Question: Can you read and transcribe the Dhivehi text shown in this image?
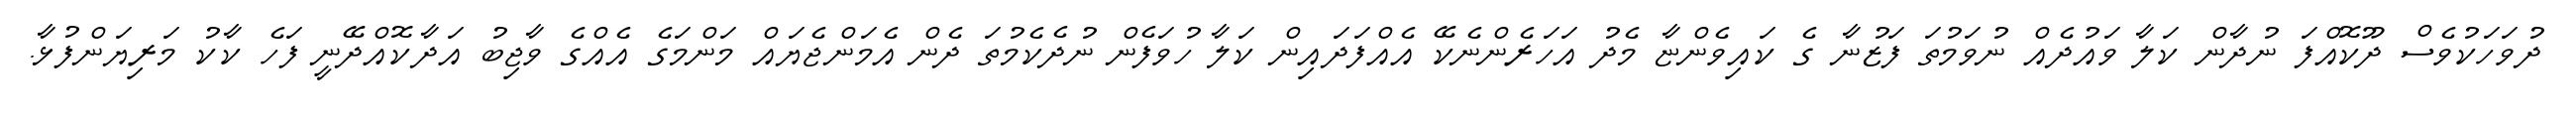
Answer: ދުވަހަކުވެސް ދޫކޮއްފަ ނުދާން ކަލާ ވައުދެއް ނުވަމުތަ ފަޒުނާ ގެ ކައިވެންޏާ މެދު އަހަރެންނެކޭ އެއްފަދައިން ކަލާ ހުވަފެން ނުދެކެމުތަ ދެން އެމަންޖެޔައް މަންމަގެ އެއްގެ ވާޖިބު އަދާކޮއްދޭނީ ފަހެ ކާކު މަރިޔަންފުޅާ.